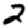
Digit: 2